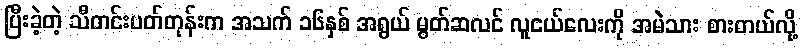
ပြီးခဲ့တဲ့ သီတင်းပတ်တုန်းက အသက် ၁၆နှစ် အရွယ် မွတ်ဆလင် လူငယ်လေးကို အမဲသား စားတယ်လို့